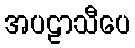
အပဠာသီပေ